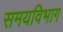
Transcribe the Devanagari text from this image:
समयविभाग